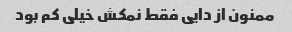
ممنون از دایی فقط نمکش خیلی کم بود